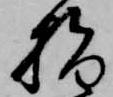
指